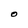
Character: O